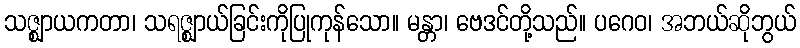
သဇ္ဈာယကတာ၊ သရဇ္ဈာယ်ခြင်းကိုပြုကုန်သော။ မန္တာ၊ ဗေဒင်တို့သည်။ ပဂေဝ၊ အဘယ်ဆိုဘွယ်